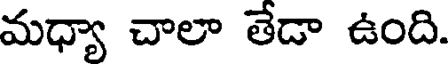
మధ్యా చాలా తేడా ఉంది.